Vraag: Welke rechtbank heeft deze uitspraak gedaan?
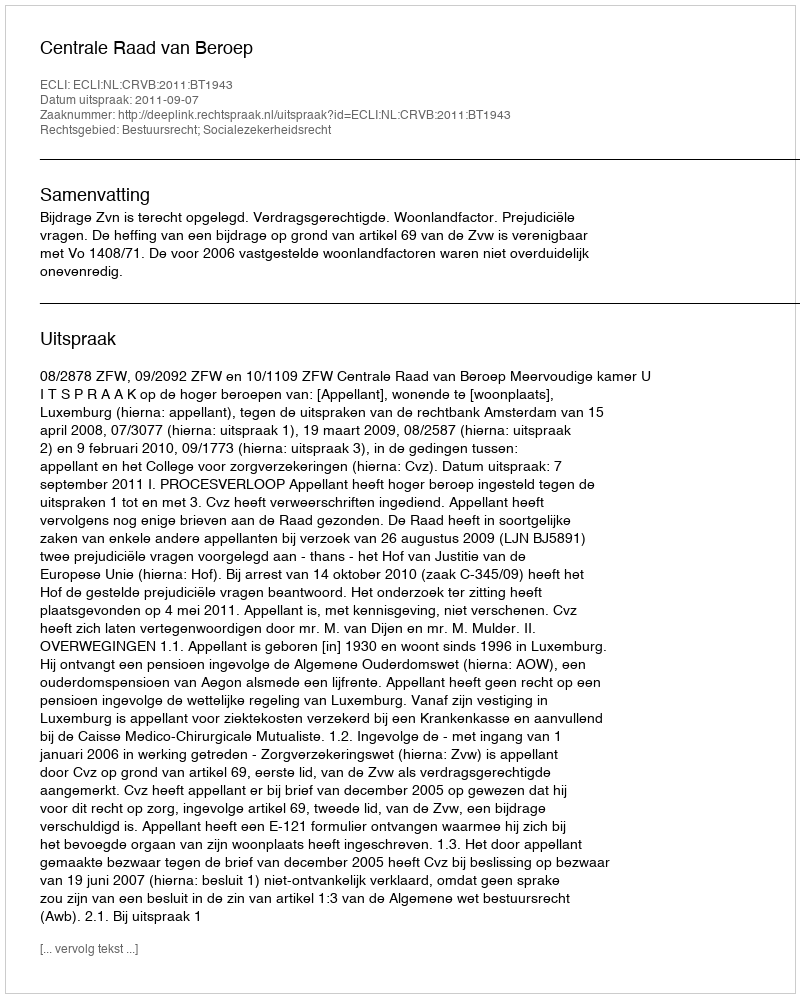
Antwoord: Centrale Raad van Beroep